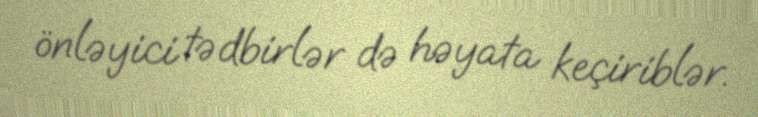
önləyici tədbirlər də həyata keçiriblər.